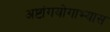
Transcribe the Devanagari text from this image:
अष्टांगयोगाभ्यास